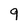
Character: 9